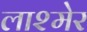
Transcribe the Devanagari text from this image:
लाश्मेर